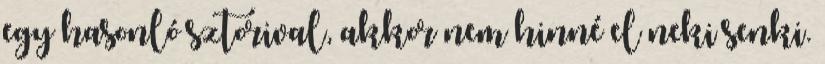
egy hasonló sztorival, akkor nem hinné el neki senki.